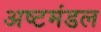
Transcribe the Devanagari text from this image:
अष्टमंडल